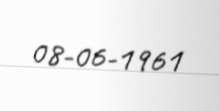
08-06-1961